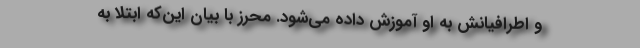
و اطرافیانش به او آموزش داده می‌‌شود. محرز با بیان این‌‌که ابتلا به